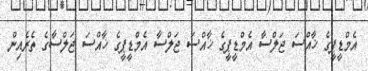
އެމްޑީޕީގެ ޚާއްސަ ޖަލްސާ އެމްޑީޕީގެ ޚާއްސަ ޖަލްސާ އެމްޑީޕީގެ ޚާއްސަ ޖަލްސާގެ ތެރެއިން